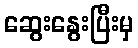
ဆွေးနွေးပြီးမှ